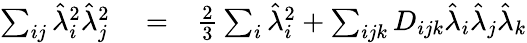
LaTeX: \begin{array}{rlr}{\sum_{ij}\hat{\lambda}_{i}^{2}\hat{\lambda}_{j}^{2}}&{{}=}&{\frac{2}{3}\sum_{i}\hat{\lambda}_{i}^{2}+\sum_{ijk}D_{ijk}\hat{\lambda}_{i}\hat{\lambda}_{j}\hat{\lambda}_{k}}\end{array}